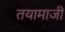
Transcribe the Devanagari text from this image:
तयामाजीं